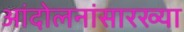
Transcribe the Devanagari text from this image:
आंदोलनांसारख्या